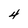
Character: 4